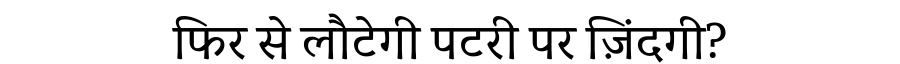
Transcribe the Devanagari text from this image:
फिर से लौटेगी पटरी पर ज़िंदगी?